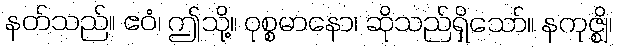
နတ်သည်။ ဧဝံ၊ ဤသို့။ ဝုစ္စမာနော၊ ဆိုသည်ရှိသော်။ နကုဇ္ဈိ၊